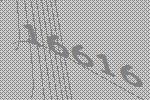
16616